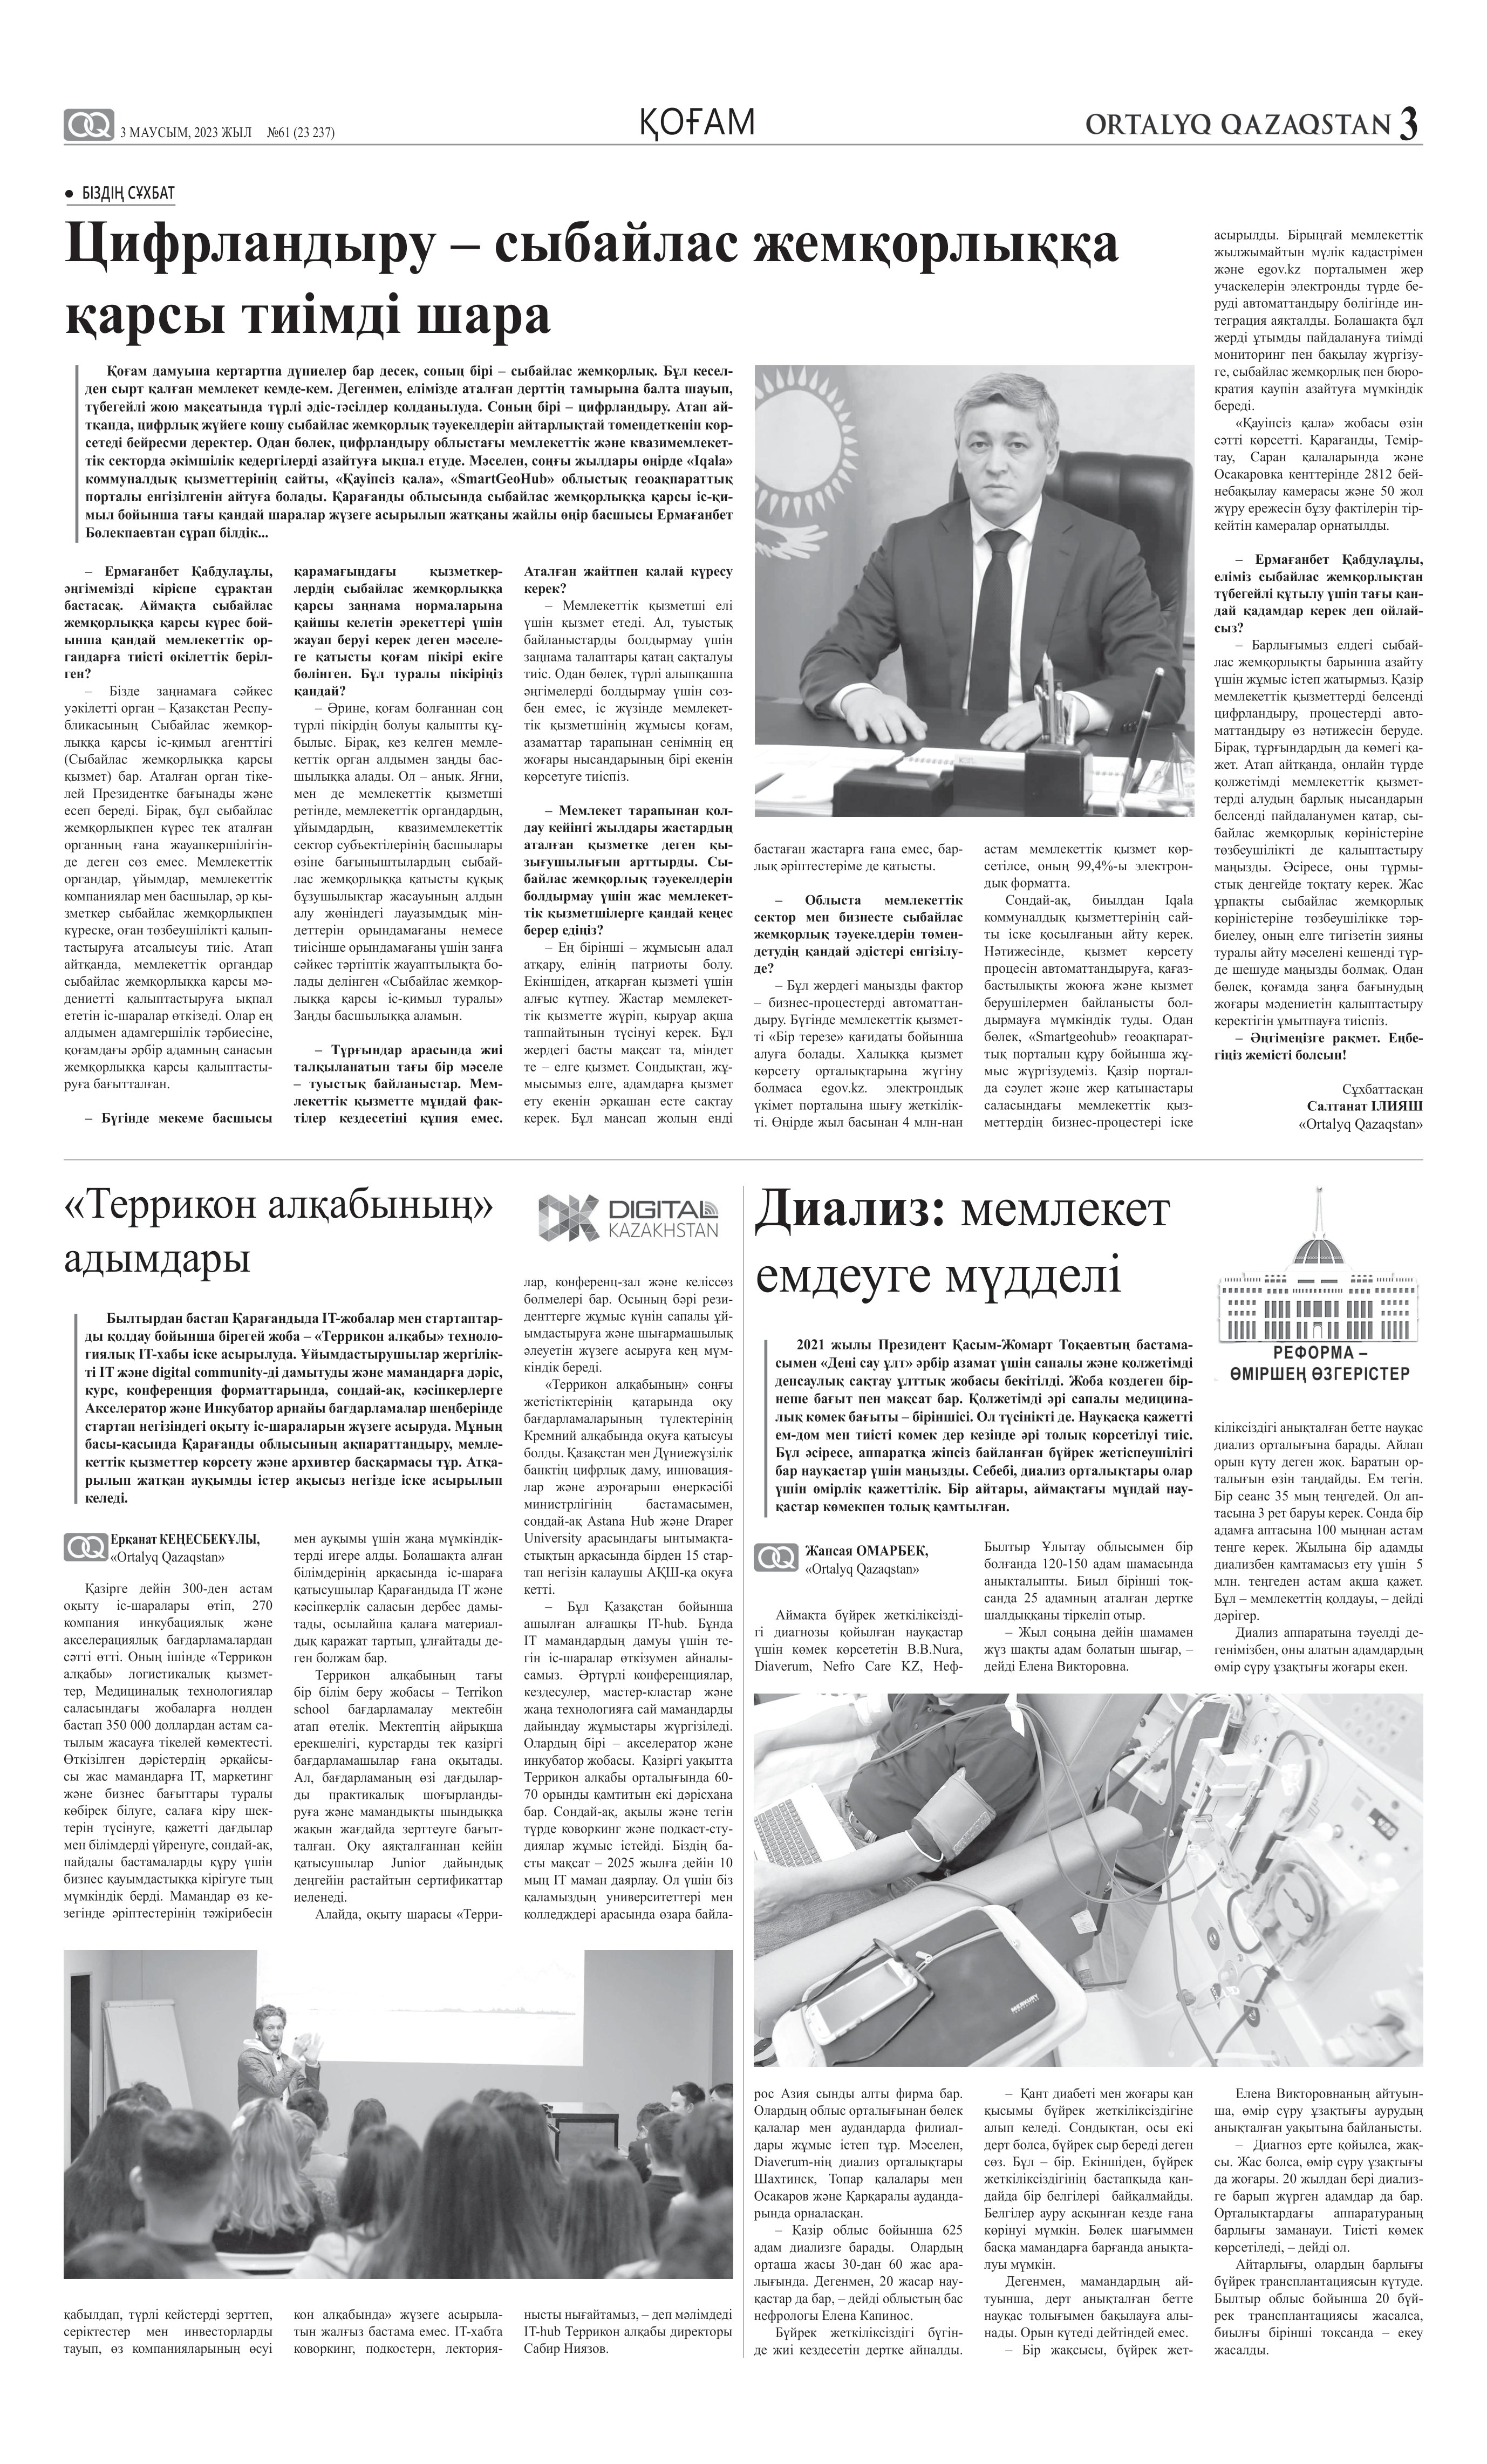
Language: kk